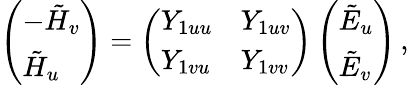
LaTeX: \left(\begin{array}{l}{-\tilde{H}_{v}}\\ {\tilde{H}_{u}}\end{array}\right)=\left(\begin{array}{ll}{Y_{1uu}}&{Y_{1uv}}\\ {Y_{1vu}}&{Y_{1vv}}\end{array}\right)\left(\begin{array}{l}{\tilde{E}_{u}}\\ {\tilde{E}_{v}}\end{array}\right)\, ,